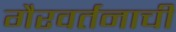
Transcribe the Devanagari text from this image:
गैरवर्तनाची